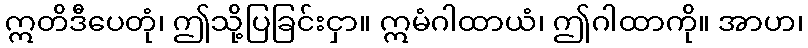
ဣတိဒီပေတုံ၊ ဤသို့ပြခြင်းငှာ။ ဣမံဂါထာယံ၊ ဤဂါထာကို။ အာဟ၊